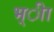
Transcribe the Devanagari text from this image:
भ्ीा